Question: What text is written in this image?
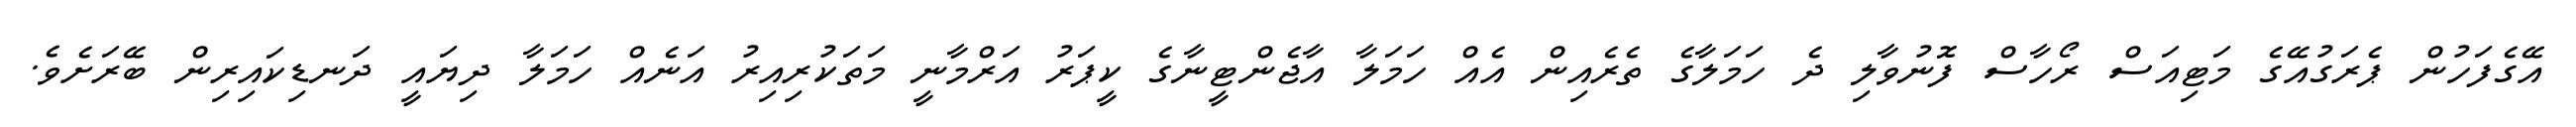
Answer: އޭގެފަހުން ޕެރަގުއޭގެ މަޓިއަސް ރޯހާސް ފޮނުވާލި ދެ ހަމަލާގެ ތެރެއިން އެއް ހަމަލާ އާޖެންޓީނާގެ ކީޕަރު އަރްމާނީ މަތަކުރިއިރު އަނެއް ހަމަލާ ދިޔައީ ދަނޑިކައިރިން ބޭރަށެވެ.